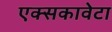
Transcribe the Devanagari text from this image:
एक्सकावेटा